Senior Leaving Certificate Examination (including Day School Certificate (Higher) General paper), 1949
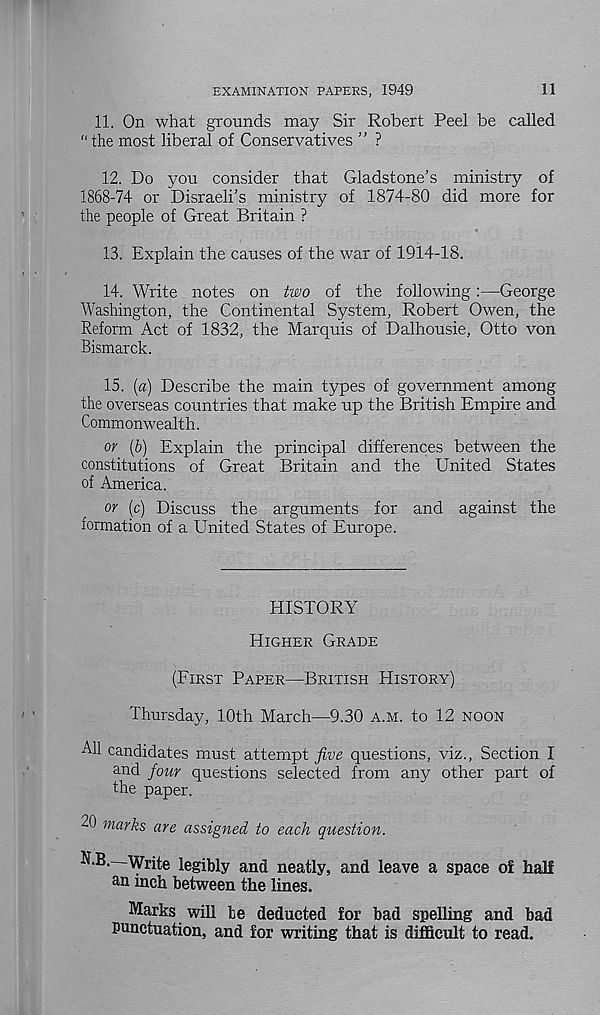
EXAMINATION PAPERS, 1949
11
11.
On what grounds may Sir R
“the most liberal of Conservatives ” ?
12. Do you consider that Gladstone’s ministry of
1868-74 or Disraeli’s ministry of 1874-80 did more for
the people of Great Britain ?
13. Explain the causes of the war of 1914-18.
14. Write notes on two of the following:—George
Washington, the Continental System, Robert Owen, the
Reform Act of 1832, the Marquis of Dalhousie, Otto von
Bismarck.
15. (a) Describe the main types of government among
the overseas countries that make up the British Empire and
Commonwealth.
or (b) Explain the principal differences between the
constitutions of Great Britain and the United States
of America.
or (c) Discuss the arguments for and against the
formation of a United States of Europe.
HISTORY
HIGHER GRADE
(FIRST PAPER—BRITISH HISTORY)
Thursday, 10th March—9.30 A.M. to 12 NOON
All candidates must attempt five questions, viz., Section I
and four questions selected from any other part of
the paper.
20 marks are assigned to each question.
N.B.—Write legibly and neatly, and leave a space o£ half
an inch between the lines.
Marks will be deducted for bad spelling and bad
Punctuation, and for writing that is difficult to read.